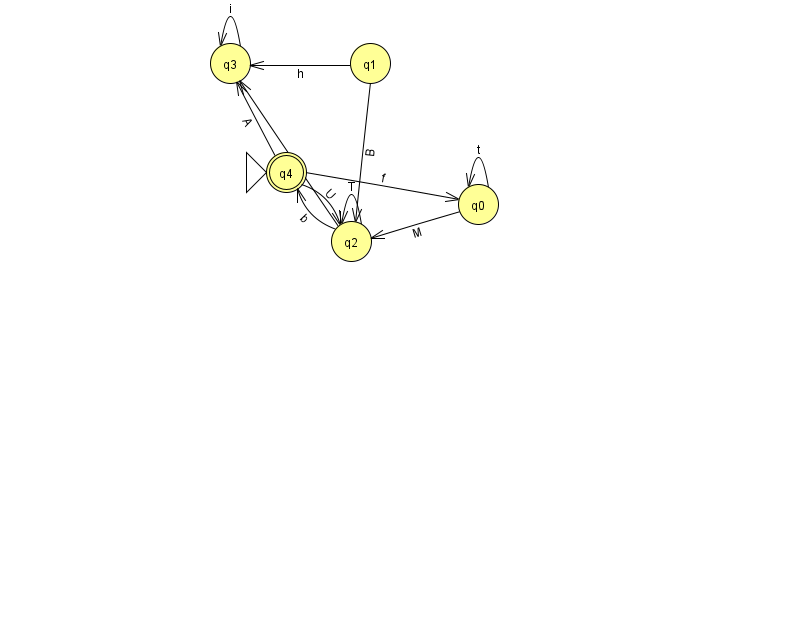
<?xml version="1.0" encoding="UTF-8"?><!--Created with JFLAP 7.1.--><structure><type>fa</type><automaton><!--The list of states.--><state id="0" name="q0"><x>478.0</x><y>191.0</y></state><state id="1" name="q1"><x>370.0</x><y>50.0</y></state><state id="2" name="q2"><x>351.0</x><y>228.0</y></state><state id="3" name="q3"><x>230.0</x><y>50.0</y></state><state id="4" name="q4"><x>286.0</x><y>159.0</y><initial/><final/></state><!--The list of transitions.--><transition><from>0</from><to>2</to><read>M</read></transition><transition><from>0</from><to>0</to><read>t</read></transition><transition><from>2</from><to>2</to><read>T</read></transition><transition><from>4</from><to>0</to><read>f</read></transition><transition><from>1</from><to>3</to><read>h</read></transition><transition><from>1</from><to>2</to><read>B</read></transition><transition><from>4</from><to>2</to><read>U</read></transition><transition><from>3</from><to>3</to><read>i</read></transition><transition><from>4</from><to>3</to><read>A</read></transition><transition><from>2</from><to>3</to><read>i</read></transition><transition><from>2</from><to>4</to><read>b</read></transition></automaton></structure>